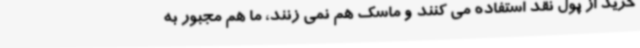
خرید از پول نقد استفاده می کنند و ماسک هم نمی زنند، ما هم مجبور به